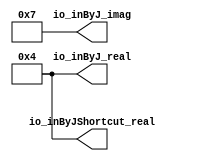
module DspComplexExamples(
  output [4:0] io_inByJ_real,
  output [4:0] io_inByJ_imag,
  output [4:0] io_inByJShortcut_real
);
  wire [4:0] _T_58 = -5'sh4 - 5'sh7; // @[SIntTypeClass.scala 28:50]
  wire [6:0] _T_59 = 5'sh7 * 2'sh1; // @[SIntTypeClass.scala 44:41]
  wire [6:0] _T_60 = 5'sh3 * 2'sh1; // @[SIntTypeClass.scala 44:41]
  wire [5:0] _T_61 = $signed(_T_58) * 1'sh0; // @[SIntTypeClass.scala 44:41]
  wire [6:0] _T_64 = $signed(_T_59) - $signed(_T_60); // @[SIntTypeClass.scala 28:50]
  wire [6:0] _GEN_0 = {{1{_T_61[5]}},_T_61}; // @[SIntTypeClass.scala 18:40]
  wire [6:0] _T_67 = $signed(_T_59) + $signed(_GEN_0); // @[SIntTypeClass.scala 18:40]
  assign io_inByJ_real = _T_64[4:0]; // @[DspComplexSpec.scala 20:12]
  assign io_inByJ_imag = _T_67[4:0]; // @[DspComplexSpec.scala 20:12]
  assign io_inByJShortcut_real = 5'sh0 - -5'sh4; // @[SIntTypeClass.scala 38:5]
endmodule
module DspComplexExamplesTester(
  input   clock,
  input   reset
);
  wire [4:0] dut_io_inByJ_real; // @[DspComplexSpec.scala 25:19]
  wire [4:0] dut_io_inByJ_imag; // @[DspComplexSpec.scala 25:19]
  wire [4:0] dut_io_inByJShortcut_real; // @[DspComplexSpec.scala 25:19]
  wire  _T_6 = ~reset; // @[DspComplexSpec.scala 30:9]
  DspComplexExamples dut ( // @[DspComplexSpec.scala 25:19]
    .io_inByJ_real(dut_io_inByJ_real),
    .io_inByJ_imag(dut_io_inByJ_imag),
    .io_inByJShortcut_real(dut_io_inByJShortcut_real)
  );
  always @(posedge clock) begin
    `ifndef SYNTHESIS
    `ifdef PRINTF_COND
      if (`PRINTF_COND) begin
    `endif
        if (~reset) begin
          $fwrite(32'h80000002,"inByJ.real: %d\n",dut_io_inByJ_real); // @[DspComplexSpec.scala 30:9]
        end
    `ifdef PRINTF_COND
      end
    `endif
    `endif // SYNTHESIS
    `ifndef SYNTHESIS
    `ifdef PRINTF_COND
      if (`PRINTF_COND) begin
    `endif
        if (_T_6) begin
          $fwrite(32'h80000002,"inByJ.imag: %d\n",dut_io_inByJ_imag); // @[DspComplexSpec.scala 31:9]
        end
    `ifdef PRINTF_COND
      end
    `endif
    `endif // SYNTHESIS
    `ifndef SYNTHESIS
    `ifdef PRINTF_COND
      if (`PRINTF_COND) begin
    `endif
        if (_T_6) begin
          $fwrite(32'h80000002,"inByJShortcut.real: %d\n",dut_io_inByJShortcut_real); // @[DspComplexSpec.scala 33:9]
        end
    `ifdef PRINTF_COND
      end
    `endif
    `endif // SYNTHESIS
    `ifndef SYNTHESIS
    `ifdef PRINTF_COND
      if (`PRINTF_COND) begin
    `endif
        if (_T_6) begin
          $fwrite(32'h80000002,"inByJShortcut.imag: %d\n",5'sh7); // @[DspComplexSpec.scala 34:9]
        end
    `ifdef PRINTF_COND
      end
    `endif
    `endif // SYNTHESIS
    `ifndef SYNTHESIS
    `ifdef PRINTF_COND
      if (`PRINTF_COND) begin
    `endif
        if (~($signed(dut_io_inByJ_real) == 5'sh4 | reset)) begin
          $fwrite(32'h80000002,"Assertion failed\n    at DspComplexSpec.scala:39 assert(dut.io.inByJ.real === 4.S)\n"); // @[DspComplexSpec.scala 39:9]
        end
    `ifdef PRINTF_COND
      end
    `endif
    `endif // SYNTHESIS
    `ifndef SYNTHESIS
    `ifdef STOP_COND
      if (`STOP_COND) begin
    `endif
        if (~($signed(dut_io_inByJ_real) == 5'sh4 | reset)) begin
          $fatal; // @[DspComplexSpec.scala 39:9]
        end
    `ifdef STOP_COND
      end
    `endif
    `endif // SYNTHESIS
    `ifndef SYNTHESIS
    `ifdef PRINTF_COND
      if (`PRINTF_COND) begin
    `endif
        if (~($signed(dut_io_inByJ_imag) == 5'sh7 | reset)) begin
          $fwrite(32'h80000002,"Assertion failed\n    at DspComplexSpec.scala:40 assert(dut.io.inByJ.imag === 7.S)\n"); // @[DspComplexSpec.scala 40:9]
        end
    `ifdef PRINTF_COND
      end
    `endif
    `endif // SYNTHESIS
    `ifndef SYNTHESIS
    `ifdef STOP_COND
      if (`STOP_COND) begin
    `endif
        if (~($signed(dut_io_inByJ_imag) == 5'sh7 | reset)) begin
          $fatal; // @[DspComplexSpec.scala 40:9]
        end
    `ifdef STOP_COND
      end
    `endif
    `endif // SYNTHESIS
    `ifndef SYNTHESIS
    `ifdef PRINTF_COND
      if (`PRINTF_COND) begin
    `endif
        if (~($signed(dut_io_inByJShortcut_real) == 5'sh4 | reset)) begin
          $fwrite(32'h80000002,
            "Assertion failed\n    at DspComplexSpec.scala:42 assert(dut.io.inByJShortcut.real === 4.S)\n"); // @[DspComplexSpec.scala 42:9]
        end
    `ifdef PRINTF_COND
      end
    `endif
    `endif // SYNTHESIS
    `ifndef SYNTHESIS
    `ifdef STOP_COND
      if (`STOP_COND) begin
    `endif
        if (~($signed(dut_io_inByJShortcut_real) == 5'sh4 | reset)) begin
          $fatal; // @[DspComplexSpec.scala 42:9]
        end
    `ifdef STOP_COND
      end
    `endif
    `endif // SYNTHESIS
    `ifndef SYNTHESIS
    `ifdef STOP_COND
      if (`STOP_COND) begin
    `endif
        if (_T_6) begin
          $finish; // @[DspComplexSpec.scala 45:7]
        end
    `ifdef STOP_COND
      end
    `endif
    `endif // SYNTHESIS
  end
endmodule